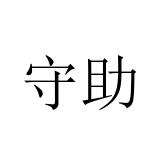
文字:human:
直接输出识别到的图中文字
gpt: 守助